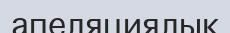
апеляциялық